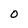
Character: 0